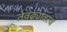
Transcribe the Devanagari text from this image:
तेवढ्यावरच